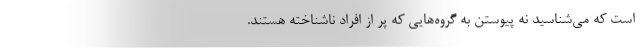
است که می‌شناسید نه پیوستن به گروه‌هایی که پر از افراد ناشناخته هستند.